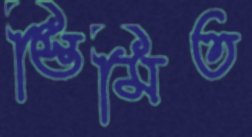
স্তিমিত